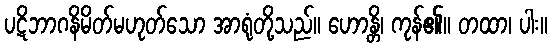
ပဋိဘာဂနိမိတ်မဟုတ်သော အာရုံတို့သည်။ ဟောန္တိ၊ ကုန်၏။ တထာ၊ ပါး။